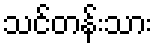
သင်တန်းသား